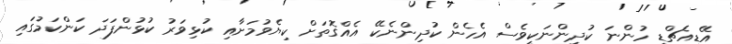
އޭޑީއެޗްޑީ ހުންނަ ކުދިންނަކީވެސް އެހެން ކުދިންނެކޭ އެއްގޮތަށް ކިޔެވުމަށާއި ކުޅިވަރު ކުޅުންފަދަ ކަންކަމުގައި